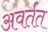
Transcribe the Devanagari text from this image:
अवर्तत